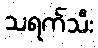
သရက်သီး